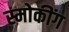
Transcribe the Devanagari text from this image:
स्मोकींग